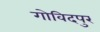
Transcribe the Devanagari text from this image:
गोविदपुर